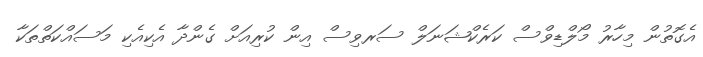
އެގޮތުން މިހާރު މޯލްޑިވްސް ކަރެކްޝަނަލް ސަރވިސް އިން ކުރިއަށް ގެންދާ އެކިއެކި މަސައްކަތްތަކާ